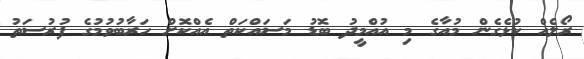
ރޯލެއް ކުޅެގެން މުއާގެ މި އުއްމީދު ބޮޑު މަސައްކަތް އެއްކޮށް ހަރާބުވުމުގެ ފުރުސަތު